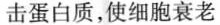
击蛋白质，使细胞衰老